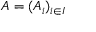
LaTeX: A = ( A _ { i } ) _ { i \in { I } }